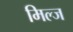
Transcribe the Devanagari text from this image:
मिल्ज